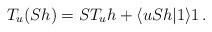
LaTeX: \begin{align*}T_u(Sh)=ST_u h+ \langle uS h | 1\rangle 1\,.\end{align*}